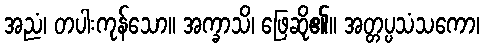
အညံ၊ တပါးကုန်သော။ အက္ခာသိ၊ ဖြေဆို၏။ အတ္တပ္ပသံသကော၊